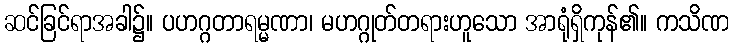
ဆင်ခြင်ရာအခါ၌။ ပဟဂ္ဂတာရမ္မဏာ၊ မဟဂ္ဂုတ်တရားဟူသော အာရုံရှိကုန်၏။ ကသိဏ